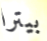
بيترا